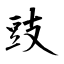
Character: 豉